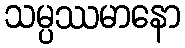
သမ္ပဿမာနော